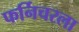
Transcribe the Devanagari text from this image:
फर्निचरला